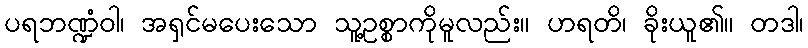
ပရဘဏ္ဍံဝါ၊ အရှင်မပေးသော သူ့ဥစ္စာကိုမူလည်း။ ဟရတိ၊ ခိုးယူ၏။ တဒါ၊